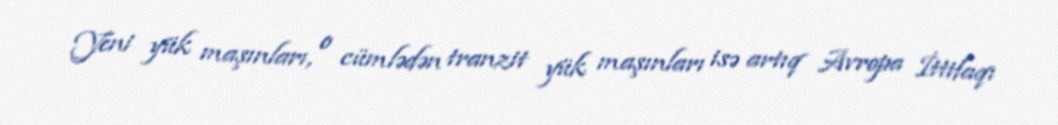
Yeni yük maşınları, o cümlədən tranzit yük maşınları isə artıq Avropa İttifaqı